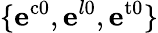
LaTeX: \{ \mathbf{e}^{\mathrm{c0}},\mathbf{e}^{l\mathrm{0}},\mathbf{e}^{\mathrm{t0}}\}